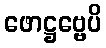
ဖောဋ္ဌဗ္ဗေပိ